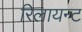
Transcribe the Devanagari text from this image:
रिलायन्ट